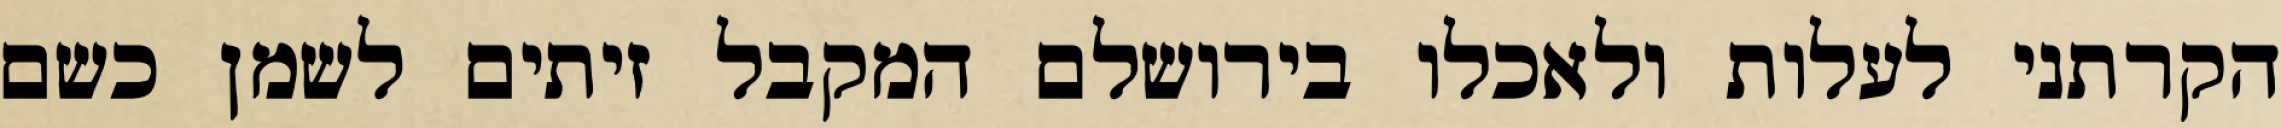
הקרתני לעלות ולאכלו בירושלם המקבל זיתים לשמן כשם